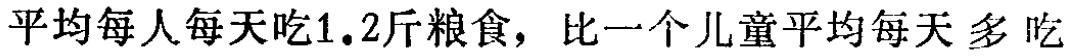
平均每人每天吃1.2斤粮食，比一个儿童平均每天 多 吃